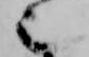
也